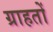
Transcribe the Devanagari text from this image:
ग्राहतों